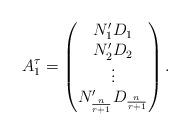
LaTeX: \begin{align*}A^\tau_1= \begin{pmatrix} N_1^\prime D_1 \\ N_2^\prime D_2 \\ \vdots \\ N_{\frac{n}{r+1}}^\prime D_{\frac{n}{r+1}} \end{pmatrix}.\end{align*}